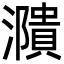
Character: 濻